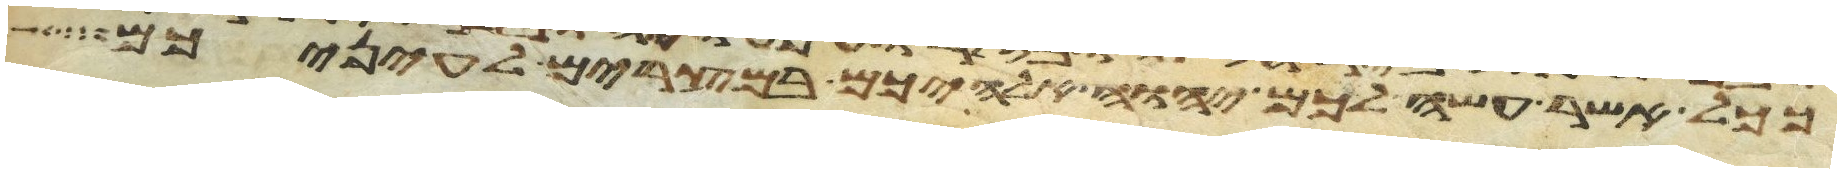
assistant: ככל אשר עשה לכם יהוה אלהיכם במצרים לעיניכם